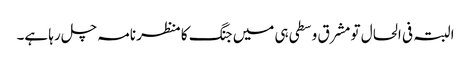
البتہ فی الحال تو مشرق وسطی ہی میں جنگ کا منظر نامہ چل رہا ہے۔